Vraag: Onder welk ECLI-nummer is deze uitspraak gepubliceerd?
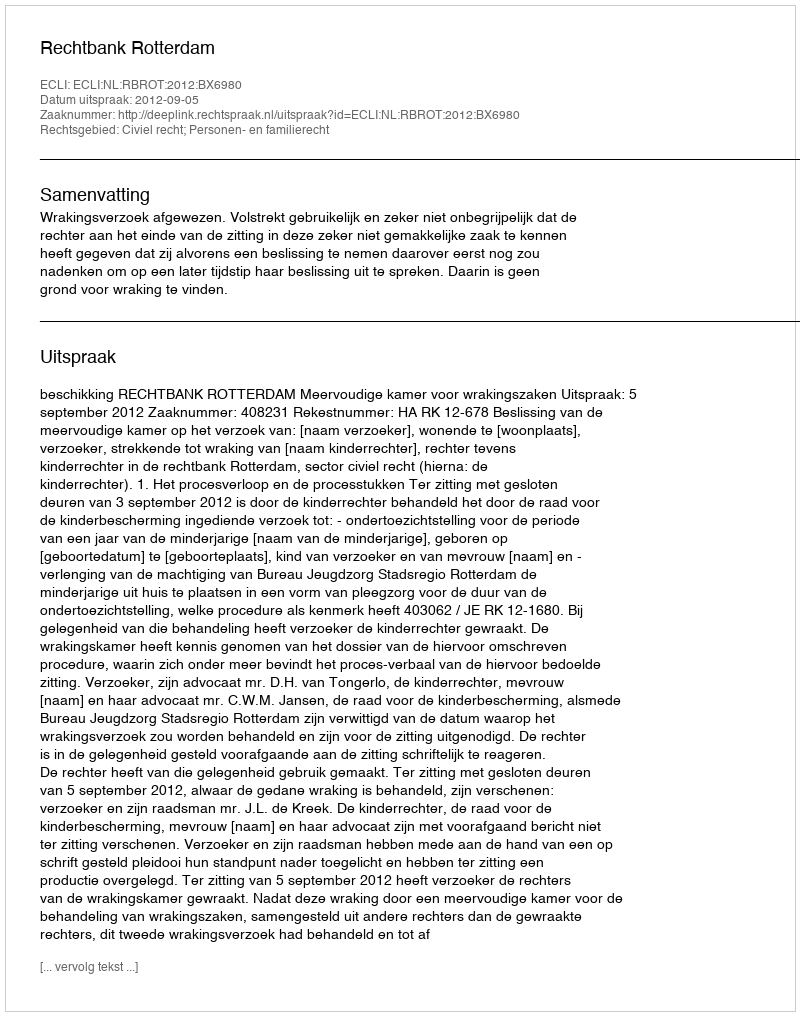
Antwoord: ECLI:NL:RBROT:2012:BX6980